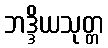
ဘဒ္ဒိယသုတ္တ